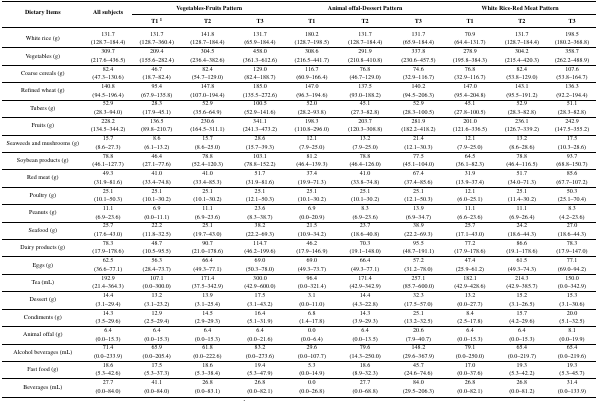
<table><thead><tr><td rowspan="2"><b>Dietary Items</b></td><td rowspan="2"><b>All subjects</b></td><td colspan="3"><b>Vegetables-Fruits Pattern</b></td><td colspan="3"><b>Animal offal-Dessert Pattern</b></td><td colspan="3"><b>White Rice-Red Meat Pattern</b></td></tr><tr><td><b>T1 <sup>1</sup></b></td><td><b>T2</b></td><td><b>T3</b></td><td><b>T1</b></td><td><b>T2</b></td><td><b>T3</b></td><td><b>T1</b></td><td><b>T2</b></td><td><b>T3</b></td></tr></thead><tbody><tr><td>White rice (g)</td><td>131.7(128.7–184.4)</td><td>131.7(128.7–360.4)</td><td>141.8(128.7–184.4)</td><td>131.7 (65.9–184.4)</td><td>180.2 (128.7–198.5)</td><td>131.7(128.7–184.4)</td><td>131.7(65.9–184.4)</td><td>70.9(64.4–131.7)</td><td>131.7(128.7–184.4)</td><td>198.5(180.2–368.8)</td></tr><tr><td>Vegetables (g)</td><td>309.7(217.6–436.5)</td><td>209.4(155.6–282.4)</td><td>304.5(236.4–382.6)</td><td>458.0(361.3–612.6)</td><td>308.6(216.5–441.7)</td><td>291.9(210.8–410.8)</td><td>337.8(230.6–457.5)</td><td>278.9(195.8–384.3)</td><td>304.2(215.4–420.3)</td><td>358.7(262.2–488.9)</td></tr><tr><td>Coarse cereals (g)</td><td>82.4(47.3–130.6)</td><td>46.7(18.7–82.4)</td><td>82.4(54.7–129.0)</td><td>129.0(82.4–188.7)</td><td>116.7(60.9–166.4)</td><td>76.8(46.7–129.0)</td><td>74.6(32.9–116.7)</td><td>76.8(32.9–116.7)</td><td>82.4(53.8–129.0)</td><td>107.6(53.8–164.7)</td></tr><tr><td>Refined wheat (g)</td><td>140.8(94.5–196.4)</td><td>95.4(67.9–135.8)</td><td>147.8(107.0–194.4)</td><td>185.0(135.5–272.6)</td><td>147.0(96.3–194.6)</td><td>137.5(93.0–188.2)</td><td>140.2(94.5–206.3)</td><td>147.0(95.4–204.8)</td><td>143.1(95.5–191.2)</td><td>136.3(92.2–194.4)</td></tr><tr><td>Tubers (g)</td><td>52.9(28.3–94.0)</td><td>28.3(17.9–45.1)</td><td>52.9(35.6–64.9)</td><td>100.5 (52.9–141.6)</td><td>52.0 (28.2–93.8)</td><td>45.1 (27.3–82.8)</td><td>52.9 (28.3–100.5)</td><td>45.1 (27.8–100.5)</td><td>52.9 (28.3–82.8)</td><td>51.1 (28.3–82.8)</td></tr><tr><td>Fruits (g)</td><td>228.2 (134.5–344.2)</td><td>136.5 (89.8–210.7)</td><td>230.6 (164.5–311.1)</td><td>341.1 (241.3–473.2)</td><td>198.3 (110.8–296.0)</td><td>203.7 (120.3–308.8)</td><td>281.9 (182.2–418.2)</td><td>201.0 (121.6–336.5)</td><td>236.1 (126.7–339.2)</td><td>242.9 (147.5–355.2)</td></tr><tr><td>Seaweeds and mushrooms (g)</td><td>15.7 (8.6–27.3)</td><td>8.6 (6.1–13.2)</td><td>15.7 (8.6–25.0)</td><td>28.6 (15.7–39.3)</td><td>12.1 (7.9–25.0)</td><td>13.2 (7.9–25.0)</td><td>21.4 (12.1–30.3)</td><td>12.1 (7.9–25.0)</td><td>13.2 (8.6–28.6)</td><td>17.5 (10.3–28.6)</td></tr><tr><td>Soybean products (g)</td><td>78.8 (46.1–127.7)</td><td>46.4 (27.1–77.6)</td><td>78.8 (52.4–120.3)</td><td>103.1 (78.8–152.2)</td><td>81.2 (46.4–139.3)</td><td>78.8 (46.4–126.0)</td><td>77.5 (45.1–104.0)</td><td>64.5 (36.1–82.3)</td><td>78.8 (46.4–116.5)</td><td>93.7 (68.8–150.7)</td></tr><tr><td>Red meat (g)</td><td>49.3 (31.9–81.6)</td><td>41.0 (33.4–74.8)</td><td>41.0 (33.4–85.3)</td><td>51.7 (31.9–81.6)</td><td>37.4 (19.9–71.3)</td><td>41.0 (33.8–74.8)</td><td>67.4 (37.4–85.6)</td><td>31.9 (13.9–37.4)</td><td>51.7 (34.0–71.3)</td><td>85.6 (67.7–107.2)</td></tr><tr><td>Poultry (g)</td><td>25.1 (10.1–50.3)</td><td>25.1 (10.1–30.2)</td><td>25.1 (10.1–30.2)</td><td>25.1 (12.1–50.3)</td><td>25.1 (10.1–30.2)</td><td>25.1 (10.1–30.2)</td><td>25.1 (12.1–50.3)</td><td>12.1 (6.0–25.1)</td><td>25.1 (11.4–30.2)</td><td>50.3 (25.1–70.4)</td></tr><tr><td>Peanuts (g)</td><td>11.1 (6.9–23.6)</td><td>6.9 (0.0–11.1)</td><td>11.1 (6.9–23.6)</td><td>23.6 (8.3–38.7)</td><td>6.9 (0.0–20.9)</td><td>8.3 (6.9–23.6)</td><td>13.9 (6.9–34.7)</td><td>11.1 (6.6–23.6)</td><td>11.1 (6.9–26.4)</td><td>8.3 (4.2–23.6)</td></tr><tr><td>Seafood (g)</td><td>25.7 (17.6–43.0)</td><td>22.2 (11.8–32.5)</td><td>25.1 (19.7–43.0)</td><td>38.2 (22.2–69.3)</td><td>21.5 (10.9–34.2)</td><td>23.7 (18.6–40.8)</td><td>38.9 (22.2–69.3)</td><td>25.7 (17.1–43.0)</td><td>24.2 (18.6–44.3)</td><td>27.0 (18.6–44.3)</td></tr><tr><td>Dairy products (g)</td><td>78.3 (17.9–178.6)</td><td>48.7 (10.5–95.5)</td><td>90.7 (21.0–178.6)</td><td>114.7 (46.2–199.6)</td><td>46.2 (17.9–146.9)</td><td>70.3 (19.1–148.0)</td><td>95.5 (48.7–191.1)</td><td>77.2 (17.9–178.6)</td><td>86.6 (19.1–178.6)</td><td>78.3 (17.9–147.0)</td></tr><tr><td>Eggs (g)</td><td>62.5 (36.6–77.1)</td><td>56.3 (28.4–73.7)</td><td>66.4 (49.3–77.1)</td><td>69.0 (50.3–78.0)</td><td>69.0 (49.3–73.7)</td><td>66.4 (49.3–77.1)</td><td>57.2 (31.2–78.0)</td><td>47.4 (25.9–61.2)</td><td>61.5 (49.3–74.3)</td><td>77.1 (69.0–94.2)</td></tr><tr><td>Tea (mL)</td><td>192.9 (21.4–364.3)</td><td>107.1 (0.0–300.0)</td><td>171.4 (37.5–342.9)</td><td>300.0 (42.9–600.0)</td><td>96.4 (0.0–321.4)</td><td>171.4 (42.9–342.9)</td><td>257.1 (85.7–600.0)</td><td>182.1 (42.9–428.6)</td><td>214.3 (42.9–385.7)</td><td>150.0 (0.0–342.9)</td></tr><tr><td>Dessert (g)</td><td>14.4 (3.1–29.4)</td><td>13.2 (3.1–23.2)</td><td>13.9 (3.1–25.4)</td><td>17.5 (3.1–43.2)</td><td>3.1 (0.0–11.0)</td><td>14.4 (4.3–22.8)</td><td>32.3 (17.5–57.0)</td><td>13.2 (0.0–27.7)</td><td>15.2 (3.1–26.5)</td><td>15.3 (3.1–30.6)</td></tr><tr><td>Condiments (g)</td><td>14.3 (3.5–29.6)</td><td>12.9 (2.5–29.4)</td><td>14.5 (2.9–29.3)</td><td>16.4 (5.1–31.9)</td><td>6.8 (1.4–17.8)</td><td>14.3 (3.9–29.3)</td><td>25.1 (13.2–32.5)</td><td>8.4 (2.5–17.8)</td><td>15.7 (4.2–29.6)</td><td>20.0 (5.1–32.5)</td></tr><tr><td>Animal offal (g)</td><td>6.4 (0.0–15.3)</td><td>6.4 (0.0–15.3)</td><td>6.4 (0.0–15.3)</td><td>6.4 (0.0–21.6)</td><td>0.0 (0.0–6.4)</td><td>6.4 (0.0–13.5)</td><td>20.6 (7.9–40.7)</td><td>6.4 (0.0–15.3)</td><td>6.4 (0.0–15.3)</td><td>8.1 (0.0–19.9)</td></tr><tr><td>Alcohol beverages (mL)</td><td>71.4 (0.0–233.9)</td><td>65.9 (0.0–205.4)</td><td>61.8 (0.0–222.6)</td><td>83.2 (0.0–273.6)</td><td>29.6 (0.0–107.7)</td><td>79.6 (14.3–250.0)</td><td>148.2 (29.6–367.9)</td><td>79.1 (0.0–250.0)</td><td>65.4 (0.0–219.7)</td><td>65.4 (0.0–219.6)</td></tr><tr><td>Fast food (g)</td><td>18.6 (5.3–42.6)</td><td>17.5 (5.3–37.3)</td><td>18.6 (5.3–38.4)</td><td>19.4 (5.3–47.9)</td><td>5.3 (0.0–14.9)</td><td>18.6 (8.9–32.3)</td><td>45.7 (24.6–74.6)</td><td>17.0 (0.0–37.6)</td><td>19.3 (5.3–42.2)</td><td>19.3 (5.3–45.7)</td></tr><tr><td>Beverages (mL)</td><td>27.7 (0.0–84.0)</td><td>41.1 (0.0–84.0)</td><td>26.8 (0.0–83.1)</td><td>26.8 (0.0–82.1)</td><td>0.0 (0.0–26.8)</td><td>27.7 (0.0–68.8)</td><td>84.0 (29.5–206.3)</td><td>26.8 (0.0–82.1)</td><td>26.8 (0.0–81.2)</td><td>31.4 (0.0–133.9)</td></tr></tbody></table>